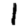
Digit: 1